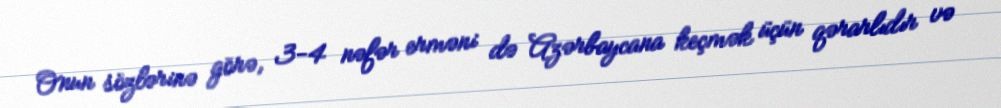
Onun sözlərinə görə, 3-4 nəfər erməni də Azərbaycana keçmək üçün qərarlıdır və